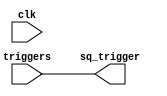
// Propagate trigger signals to a global trigger indicator
//
// Copyright (C) 2023  Kevin O'Connor <kevin@koconnor.net>
//
// This file may be distributed under the terms of the GNU GPLv3 license.

module trigselect #(
    parameter NUM_SOURCES = 1
    )(
    input clk,
    input [NUM_SOURCES-1:0] triggers,
    output sq_trigger
    );

    assign sq_trigger = !(!triggers);

endmodule